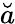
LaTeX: \breve{a}